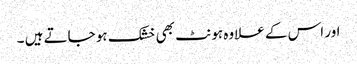
اور اس کے علاوہ ہونٹ بھی خشک ہو جاتے ہیں ۔